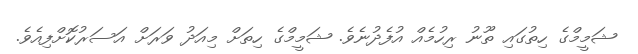
ޝަމީމްގެ ހިތުގައި ތޫނު ރިހުމެއް އުފެދުނެވެ. ޝަމީމްގެ ހިތަށް މިއަދު ވަރަށް އަސަރުކޮށްފިއެވެ.